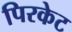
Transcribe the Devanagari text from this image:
पिरकेट